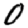
Digit: 0